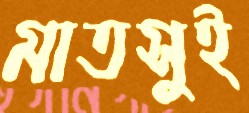
মাতসুই